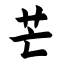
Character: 芒